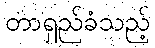
တာရှည်ခံသည့်